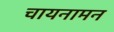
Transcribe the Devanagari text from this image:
चायनामन